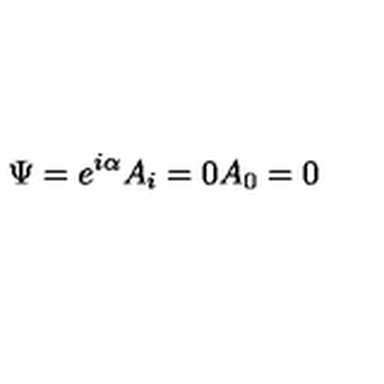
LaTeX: \Psi = e ^ { i \alpha } A _ { i } = 0 A _ { 0 } = 0